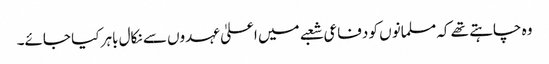
وہ چاہتے تھے کہ مسلمانوں کو دفاعی شعبے میں اعلیٰ عہدوں سے نکال باہر کیا جائے۔